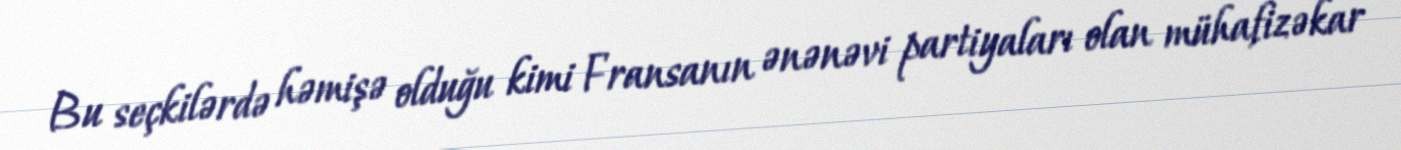
Bu seçkilərdə həmişə olduğu kimi Fransanın ənənəvi partiyaları olan mühafizəkar